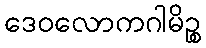
ဒေဝလောကဂါမိဉ္စ